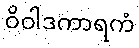
ဝိဝါဒကာရကံ